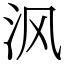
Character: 沨